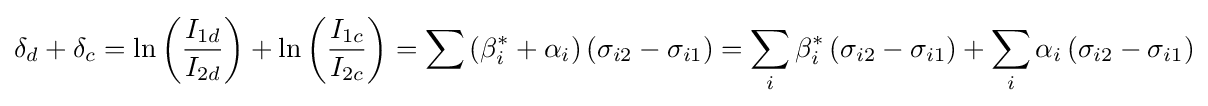
\delta _{d}+\delta _{c}=\ln \left({\frac {I_{1d}}{I_{2d}}}\right)+\ln \left({\frac {I_{1c}}{I_{2c}}}\right)=\sum \left(\beta _{i}^{*}+\alpha _{i}\right)\left(\sigma _{i2}-\sigma _{i1}\right)=\sum _{i}\beta _{i}^{*}\left(\sigma _{i2}-\sigma _{i1}\right)+\sum _{i}\alpha _{i}\left(\sigma _{i2}-\sigma _{i1}\right)